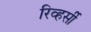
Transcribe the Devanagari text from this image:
रिव्हर्सी